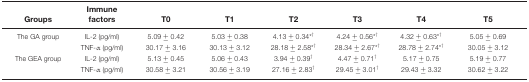
| Groups | Immune factors | T0 | T1 | T2 | T3 | T4 | T5 |
 | --- | --- | --- | --- | --- | --- | --- | --- |
 | The GA group | IL-2 (pg/ml) | 5.09 ± 0.42 | 5.03 ± 0.38 | 4.13 ± 0.34*† | 4.24 ± 0.56*† | 4.32 ± 0.63*† | 5.05 ± 0.69 |
 |  | TNF-α (pg/ml) | 30.17 ± 3.16 | 30.13 ± 3.12 | 28.18 ± 2.58*† | 28.34 ± 2.67*† | 28.78 ± 2.74*† | 30.05 ± 3.12 |
 | The GEA group | IL-2 (pg/ml) | 5.13 ± 0.45 | 5.06 ± 0.43 | 3.94 ± 0.39† | 4.47 ± 0.71† | 5.17 ± 0.75 | 5.19 ± 0.77 |
 |  | TNF-α (pg/ml) | 30.58 ± 3.21 | 30.56 ± 3.19 | 27.16 ± 2.83† | 29.45 ± 3.01† | 29.43 ± 3.32 | 30.62 ± 3.22 |